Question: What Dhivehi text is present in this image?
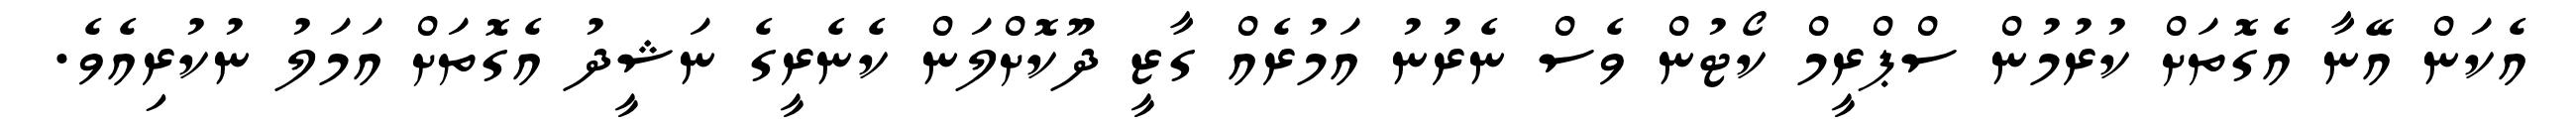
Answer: އެކަން އޭނާ އެގޮތަށް ކުރުމުން ސްޕްރީމް ކޯޓުން ވެސް ނެރުނު އަމުރެއް ގާޒީ ދޫކޮށްލަން ކެނެރީގެ ނަޝީދު އެގޮތަށް އަމަލު ނުކުރިއެވެ.